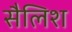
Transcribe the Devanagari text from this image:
सैलिश